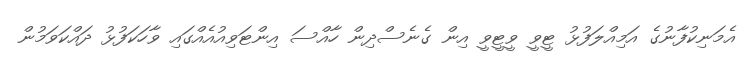
އެމަނިކުފާނުގެ އަމިއްލަފުޅު ޓީވީ ވީޓީވީ އިން ގެނެސްދިން ހާއްސަ އިންޓަވިއުއެއްގައި ވާހަކަފުޅު ދައްކަވަމުން